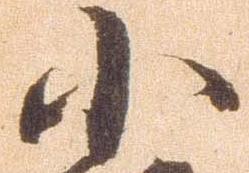
小